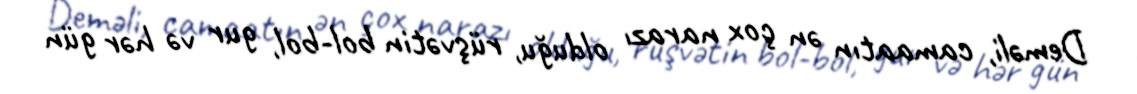
Deməli, camaatın ən çox narazı olduğu, rüşvətin bol-bol, gur və hər gün